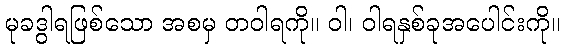
မုခဒွါရဖြစ်သော အစမှ တဝါရကို။ ဝါ၊ ဝါရနှစ်ခုအပေါင်းကို။